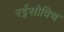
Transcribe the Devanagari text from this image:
रईसोविच